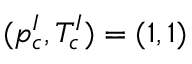
( p _ { c } ^ { I } , T _ { c } ^ { I } ) = ( 1 , 1 )